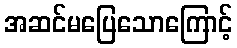
အဆင်မပြေသောကြောင့်